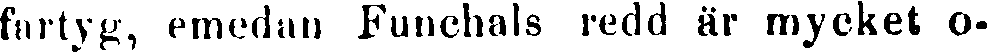
fartyg, emedan Funchals redd är mycket o-